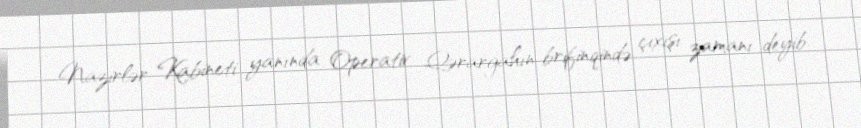
Nazirlər Kabineti yanında Operativ Qərargahın brifinqində çıxışı zamanı deyib.